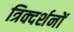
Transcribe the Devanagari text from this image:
त्रिक्दर्शनों